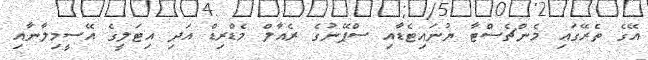
އޭގެ ތެރޭގައި މެންޗެސްޓާ ޔުނައިޓެޑާއި ސްޕޭނުގެ ރެއާލް މެޑްރިޑް އަދި އިޓަލީގެ އޭސީމިލާނާއި